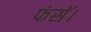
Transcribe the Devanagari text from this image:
फंसें।